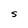
Character: S